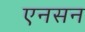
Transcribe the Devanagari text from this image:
एनसन